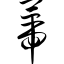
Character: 蒂